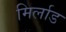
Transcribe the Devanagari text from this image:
मिर्लाड